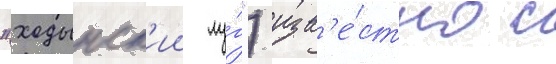
"ходынск'ии лу́г") изв'е́стно с